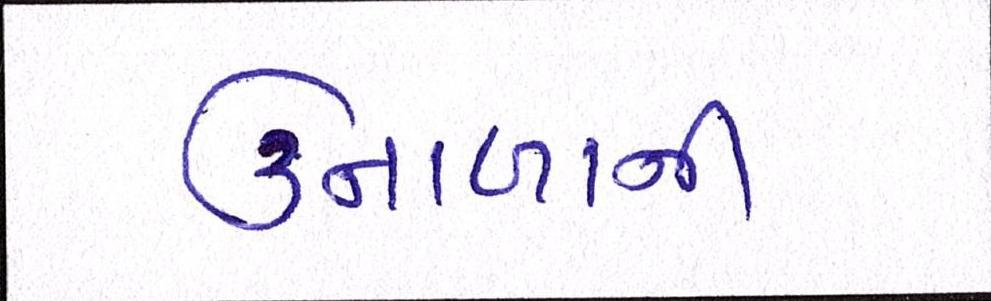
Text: ઉનાળાની